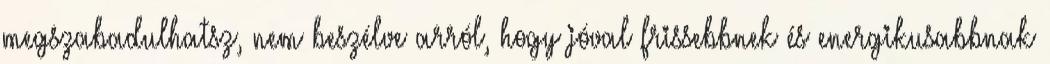
megszabadulhatsz, nem beszélve arról, hogy jóval frissebbnek és energikusabbnak